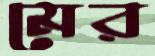
মের